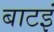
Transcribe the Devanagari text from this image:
बाटइं